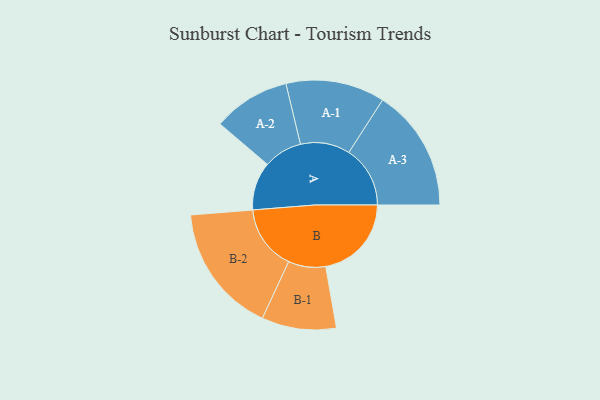
{"axis": {"x": "Segment", "y": "Value"}, "legend": ["", "A", "B"], "data": [{"x": "A", "y": 221, "type": ""}, {"x": "B", "y": 393, "type": ""}, {"x": "A-1", "y": 227, "type": "A"}, {"x": "A-2", "y": 177, "type": "A"}, {"x": "A-3", "y": 281, "type": "A"}, {"x": "B-1", "y": 171, "type": "B"}, {"x": "B-2", "y": 297, "type": "B"}]}